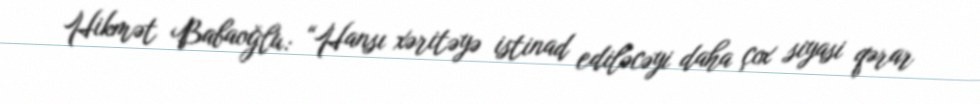
Hikmət Babaoğlu: “Hansı xəritəyə istinad ediləcəyi daha çox siyasi qərar